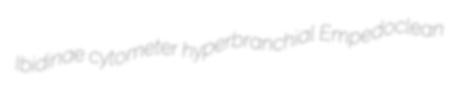
Ibidinae cytometer hyperbranchial Empedoclean